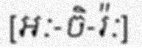
[អៈ-ចិ-រ៉ៈ]